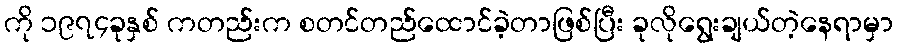
ကို ၁၉၇၄ခုနှစ် ကတည်းက စတင်တည်ထောင်ခဲ့တာဖြစ်ပြီး ခုလိုရွေးချယ်တဲ့နေရာမှာ